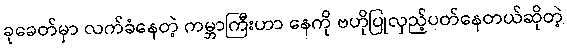
ခုခေတ်မှာ လက်ခံနေတဲ့ ကမ္ဘာကြီးဟာ နေကို ဗဟိုပြုလှည့်ပတ်နေတယ်ဆိုတဲ့